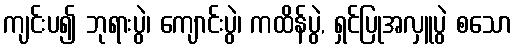
ကျင်းပ၍ ဘုရားပွဲ၊ ကျောင်းပွဲ၊ ကထိန်ပွဲ, ရှင်ပြုအလှူပွဲ စသော